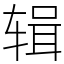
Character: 辑